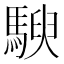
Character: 𱄤